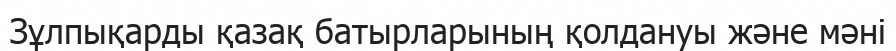
Зұлпықарды қазақ батырларының қолдануы және мәні